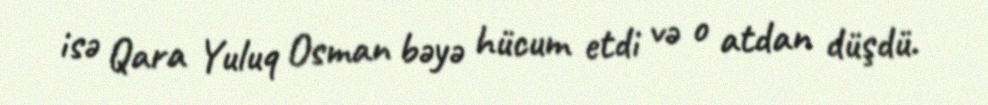
isə Qara Yuluq Osman bəyə hücum etdi və o atdan düşdü.